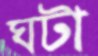
ঘটা